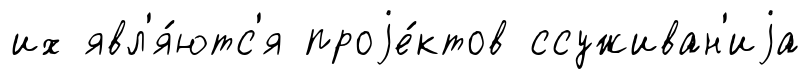
их явл'я́ютс'я проjе́ктов ссуживан'иjа